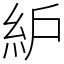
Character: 䋆